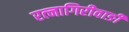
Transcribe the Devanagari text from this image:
रत्‍नागिरीवाङी